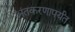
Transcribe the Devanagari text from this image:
अंतकरणापर्यंत